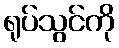
ရုပ်သွင်ကို